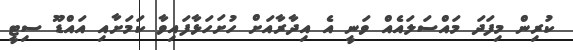
ކުރިން މިފަދަ މައްސަލައެއް ވަނީ އެ އިދާރާއަށް ހުށަހަޅާފައިވާ ކަމަށާއި އައްޑޫ ސިޓީ